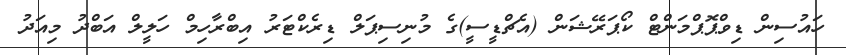
ހައުސިން ޑިވްޕޮޕްމަންޓް ކޯޕަރޭޝަން (އެޗްޑީސީ)ގެ މުނިސިޕަލް ޑިރެކްޓަރު އިބްރާހިމް ހަލީލް އަބްދު މިއަދު